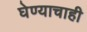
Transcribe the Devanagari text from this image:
घेण्याचाही